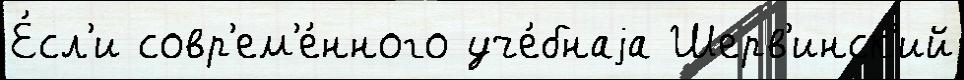
Е́сл'и совр'ем'е́нного уче́бнаjа Шерв'инск'ий